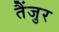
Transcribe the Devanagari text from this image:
तैंजुर